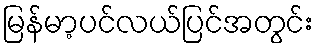
မြန်မာ့ပင်လယ်ပြင်အတွင်း